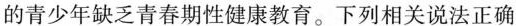
的青少年缺乏青春期性健康教育。下列相关说法正确